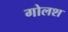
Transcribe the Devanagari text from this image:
गोलश